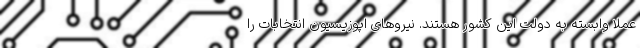
عملا وابسته به دولت این کشور هستند. نیروهای اپوزیسیون انتخابات را